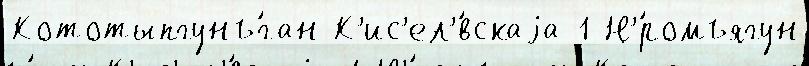
Кототыпгунъ́ган К'ис'ел'́вскаjа 1 Н'́ромъягун